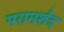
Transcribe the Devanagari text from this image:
परामर्शद